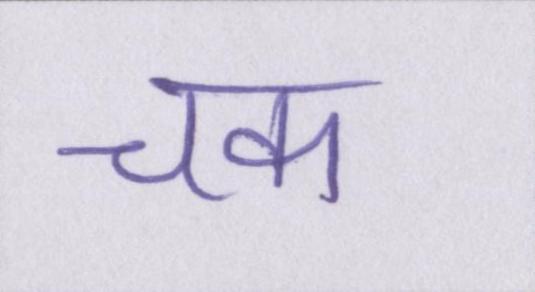
चक